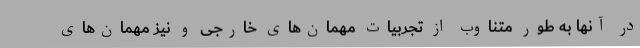
در آنها به طور متناوب از تجربیات مهمان‌های خارجی و نیز مهمان‌های